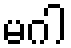
မဂါ